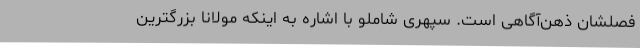
فصلشان ذهن‌آگاهی است. سپهری شاملو با اشاره به اینکه مولانا بزرگترین